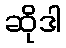
ဆိုဒါ